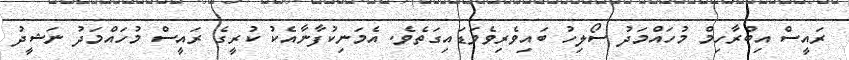
ރައީސް އިބްރާހިމް މުހައްމަދު ސޯލިހު ބައިވެރިވެވަޑައިގަތެވެ. އެމަނިކުފާނާއެކު ކުރީގެ ރައީސް މުހައްމަދު ނަޝީދު